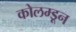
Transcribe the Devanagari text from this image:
कोलम्डून